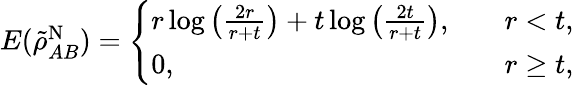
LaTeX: \begin{array}{r}{E(\tilde{\rho}_{AB}^{\mathrm{N}})=\left\{ \begin{array}{ll}{r\log\left(\frac{2r}{r+t}\right)+t\log\left(\frac{2t}{r+t}\right),\quad}&{r<t,}\\ {0,\quad}&{r\geq t,}\end{array}\right.}\end{array}